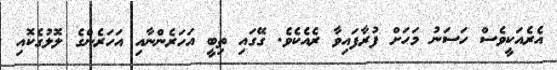
އެރެއަކީވެސް ހަސަނު މަހަށް ފުރާފައިވާ ރެއެކެވެ. ގޭގައި ތިބީ އަހަރެންނާއި އަހަރެންގެ ލޮލުގެކޮއި